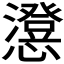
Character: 𭟕